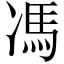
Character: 馮